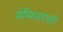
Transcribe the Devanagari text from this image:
मेम्फिसएनटी